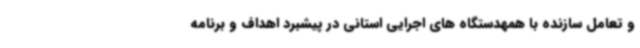
و تعامل سازنده با همهدستگاه های اجرایی استانی در پیشبرد اهداف و برنامه